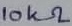
Text: 10kΩ